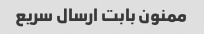
ممنون بابت ارسال سریع